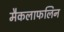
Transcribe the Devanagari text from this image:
मैकलाफलिन